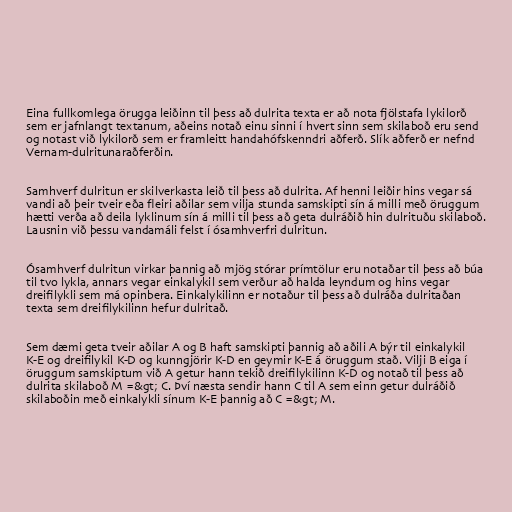
Eina fullkomlega örugga leiðinn til þess að dulrita texta er að nota fjölstafa lykilorð
sem er jafnlangt textanum, aðeins notað einu sinni í hvert sinn sem skilaboð eru send
og notast við lykilorð sem er framleitt handahófskenndri aðferð. Slík aðferð er nefnd
Vernam-dulritunaraðferðin.

Samhverf dulritun er skilverkasta leið til þess að dulrita. Af henni leiðir hins vegar sá
vandi að þeir tveir eða fleiri aðilar sem vilja stunda samskipti sín á milli með öruggum
hætti verða að deila lyklinum sín á milli til þess að geta dulráðið hin dulrituðu skilaboð.
Lausnin við þessu vandamáli felst í ósamhverfri dulritun.

Ósamhverf dulritun virkar þannig að mjög stórar prímtölur eru notaðar til þess að búa
til tvo lykla, annars vegar einkalykil sem verður að halda leyndum og hins vegar
dreifilykli sem má opinbera. Einkalykilinn er notaður til þess að dulráða dulritaðan
texta sem dreifilykilinn hefur dulritað.

Sem dæmi geta tveir aðilar A og B haft samskipti þannig að aðili A býr til einkalykil
K-E og dreifilykil K-D og kunngjörir K-D en geymir K-E á öruggum stað. Vilji B eiga í
öruggum samskiptum við A getur hann tekið dreifilykilinn K-D og notað til þess að
dulrita skilaboð M =&gt; C. Því næsta sendir hann C til A sem einn getur dulráðið
skilaboðin með einkalykli sínum K-E þannig að C =&gt; M.